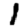
Digit: 1